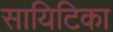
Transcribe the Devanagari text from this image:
सायिटिका